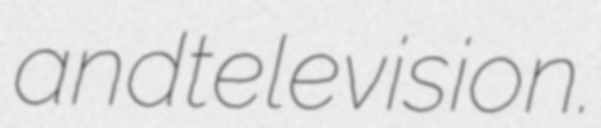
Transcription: and television.